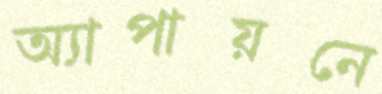
অ্যাপায়নে